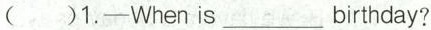
( )1.-When is___birthday?